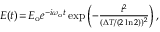
\begin{array} { r } { E ( t ) \! = \! E _ { \mathrm { o } } e ^ { - i \omega _ { \mathrm { o } } t } \exp \left( - \frac { t ^ { 2 } } { ( \Delta T / ( 2 \ln { 2 } ) ) ^ { 2 } } \right) , } \end{array}